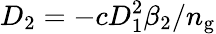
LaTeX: D_{2}=-cD_{1}^{2}\beta_{2}/n_{\mathrm{g}}